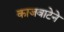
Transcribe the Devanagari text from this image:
काजवाटेने